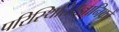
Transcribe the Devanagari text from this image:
परिस्थितिवैज्ञानिकों